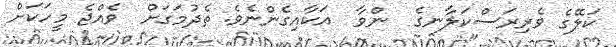
ކަލޭގެ ވެރިރަސްކަލާނގެ  ންވާ  އަކާއިގެންނެވެ. ތެދުމަގަށް  ވެއްޖެ މީހަކަށް